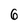
Character: 6